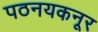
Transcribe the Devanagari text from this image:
पठनयकनूर